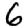
Digit: 6